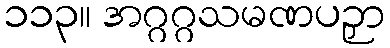
၁၁၃။ အဂ္ဂဂ္ဂသမဏပဉှာ